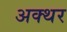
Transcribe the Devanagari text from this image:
अक्थर